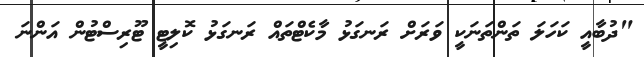
"ދުބާއީ ކަހަލަ ތަންތަނަކީ ވަރަށް ރަނގަޅު މާކެޓްތައް ރަނގަޅު ކޮލިޓީ ޓޫރިސްޓުން އަންނަ